Annual vaccination report of Bihar and Orissa - 1911-1928
Year: 1911
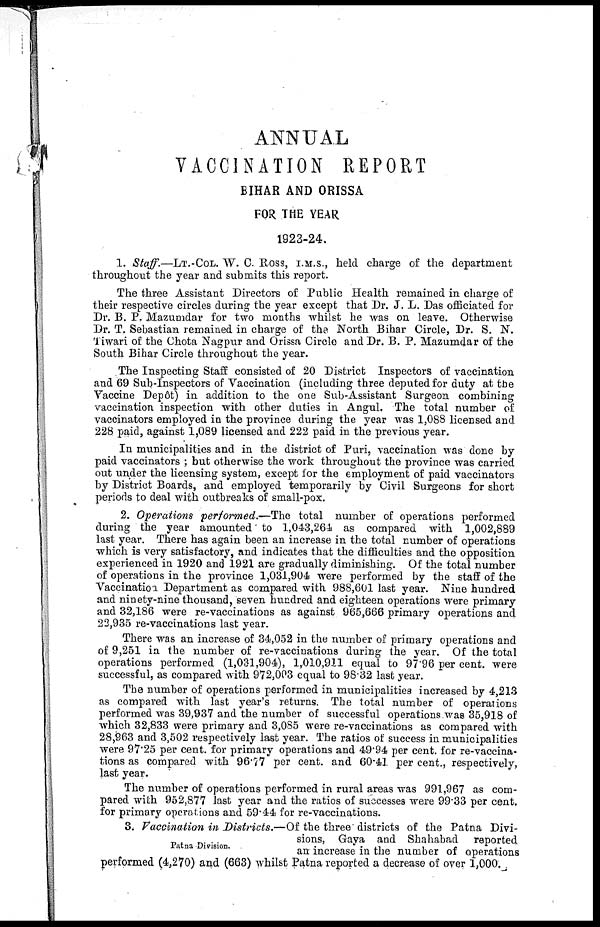
ANNUAL
VACCINATION REPORT
BIHAR AND ORISSA
FOR THE YEAR
1923-24.
1. Staff.—LT.-COL. W. C. ROSS, I.M.S., held charge of the department
throughout the year and submits this report.
The three Assistant Directors of Public Health remained in charge of
their respective circles during the year except that Dr. J. L. Das officiated for
Dr. B. P. Mazumdar for two months whilst he was on leave. Otherwise
Dr. T. Sebastian remained in charge of the North Bihar Circle, Dr. S. N.
Tiwari of the Chota Nagpur and Orissa Circle and Dr. B. P. Mazumdar of the
South Bihar Circle throughout the year.
The Inspecting Staff consisted of 20 District Inspectors of vaccination
and 69 Sub-Inspectors of Vaccination (including three deputed for duty at the
Vaccine Depôt) in addition to the one Sub-Assistant Surgeon combining
vaccination inspection with other duties in Angul. The total number of
vaccinators employed in the province during the year was 1,088 licensed and
228 paid, against 1,089 licensed and 222 paid in the previous year.
In municipalities and in the district of Puri, vaccination was done by
paid vaccinators ; but otherwise the work throughout the province was carried
out under the licensing system, except for the employment of paid vaccinators
by District Boards, and employed temporarily by Civil Surgeons for short
periods to deal with outbreaks of small-pox.
2. Operations performed.—The total number of operations performed
during the year amounted to 1,043,264 as compared with 1,002,889
last year. There has again been an increase in the total number of operations
which is very satisfactory, and indicates that the difficulties and the opposition
experienced in 1920 and 1921 are gradually diminishing. Of the total number
of operations in the province 1,031,904 were performed by the staff of the
Vaccination Department as compared with 988,601 last year. Nine hundred
and ninety-nine thousand, seven hundred and eighteen operations were primary
and 32,186 were re-vaccinations as against 965,666 primary operations and
22,935 re-vaccinations last year.
There was an increase of 34,052 in the number of primary operations and
of 9,251 in the number of re-vaccinations during the year. Of the total
operations performed (1,031,904), 1,010,911 equal to 97.96 per cent. were
successful, as compared with 972,003 equal to 98.32 last year.
The number of operations performed in municipalities increased by 4,213
as compared with last year's returns. The total number of operations
performed was 39,937 and the number of successful operations was 35,918 of
which 32,833 were primary and 3,085 were re-vaccinations as compared with
28,963 and 3,502 respectively last year. The ratios of success in municipalities
were 97.25 per cent. for primary operations and 49.94 per cent. for re-vaccina-
tions as compared with 96.77 per cent. and 60.41 per cent., respectively,
last year.
The number of operations performed in rural areas was 991,967 as com-
pared with 952,877 last year and the ratios of successes were 99.33 per cent.
for primary operations and 59.44 for re-vaccinations.
Patna Division.
3. Vaccination in Districts.—Of the three districts of the Patna Divi-
sions, Gaya and Shahabad reported
an increase in the number of operations
performed (4,270) and (663) whilst Patna reported a decrease of over 1,000.